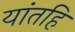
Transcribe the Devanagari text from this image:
यांतहि